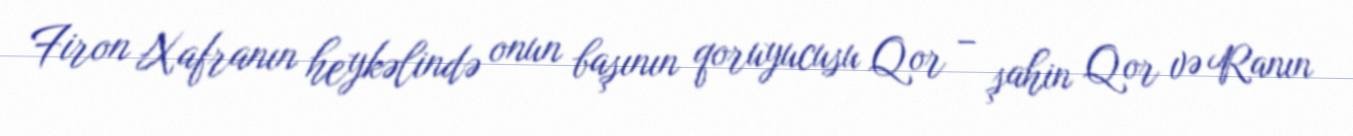
Firon Xafranın heykəlində onun başının qoruyucusu Qor – şahin Qor və Ranın